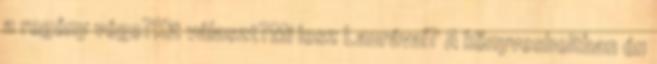
a regény vége?Kit választ?Mi lesz Laurával? A könyvesboltban én